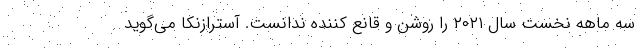
سه ماهه نخست سال ۲۰۲۱ را روشن و قانع کننده ندانست. آسترازنکا می‌گوید